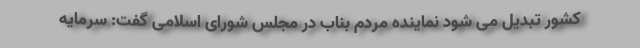
کشور تبدیل می شود نماینده مردم بناب در مجلس شورای اسلامی گفت: سرمایه